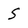
Character: S